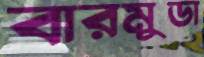
বারমুডা